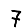
Digit: 7